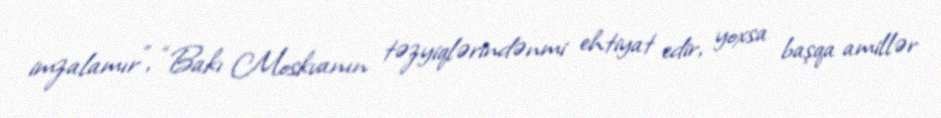
imzalamır”, “Bakı Moskvanın təzyiqlərindənmi ehtiyat edir, yoxsa başqa amillər